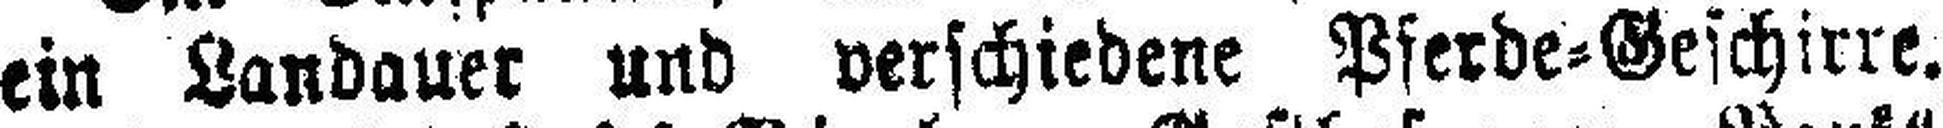
ein Landauer und verschiedene Pferde=Geschirre.